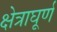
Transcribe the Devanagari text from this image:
क्षेत्राघूर्ण